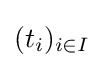
(t_{i})_{i\in I}